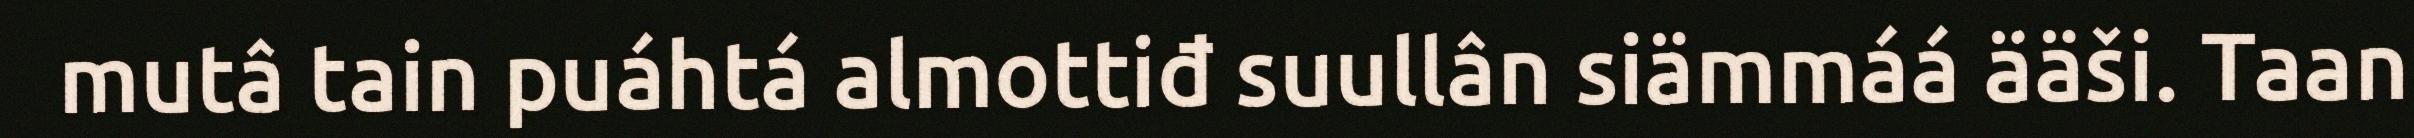
mutâ tain puáhtá almottiđ suullân siämmáá ääši. Taan